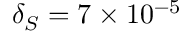
\delta _ { S } = 7 \times 1 0 ^ { - 5 }